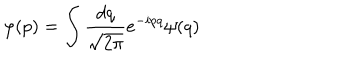
LaTeX: \varphi ( p ) = \int \frac { d q } { \sqrt { 2 \pi } } e ^ { - i p q } \psi ( q )